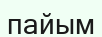
пайым